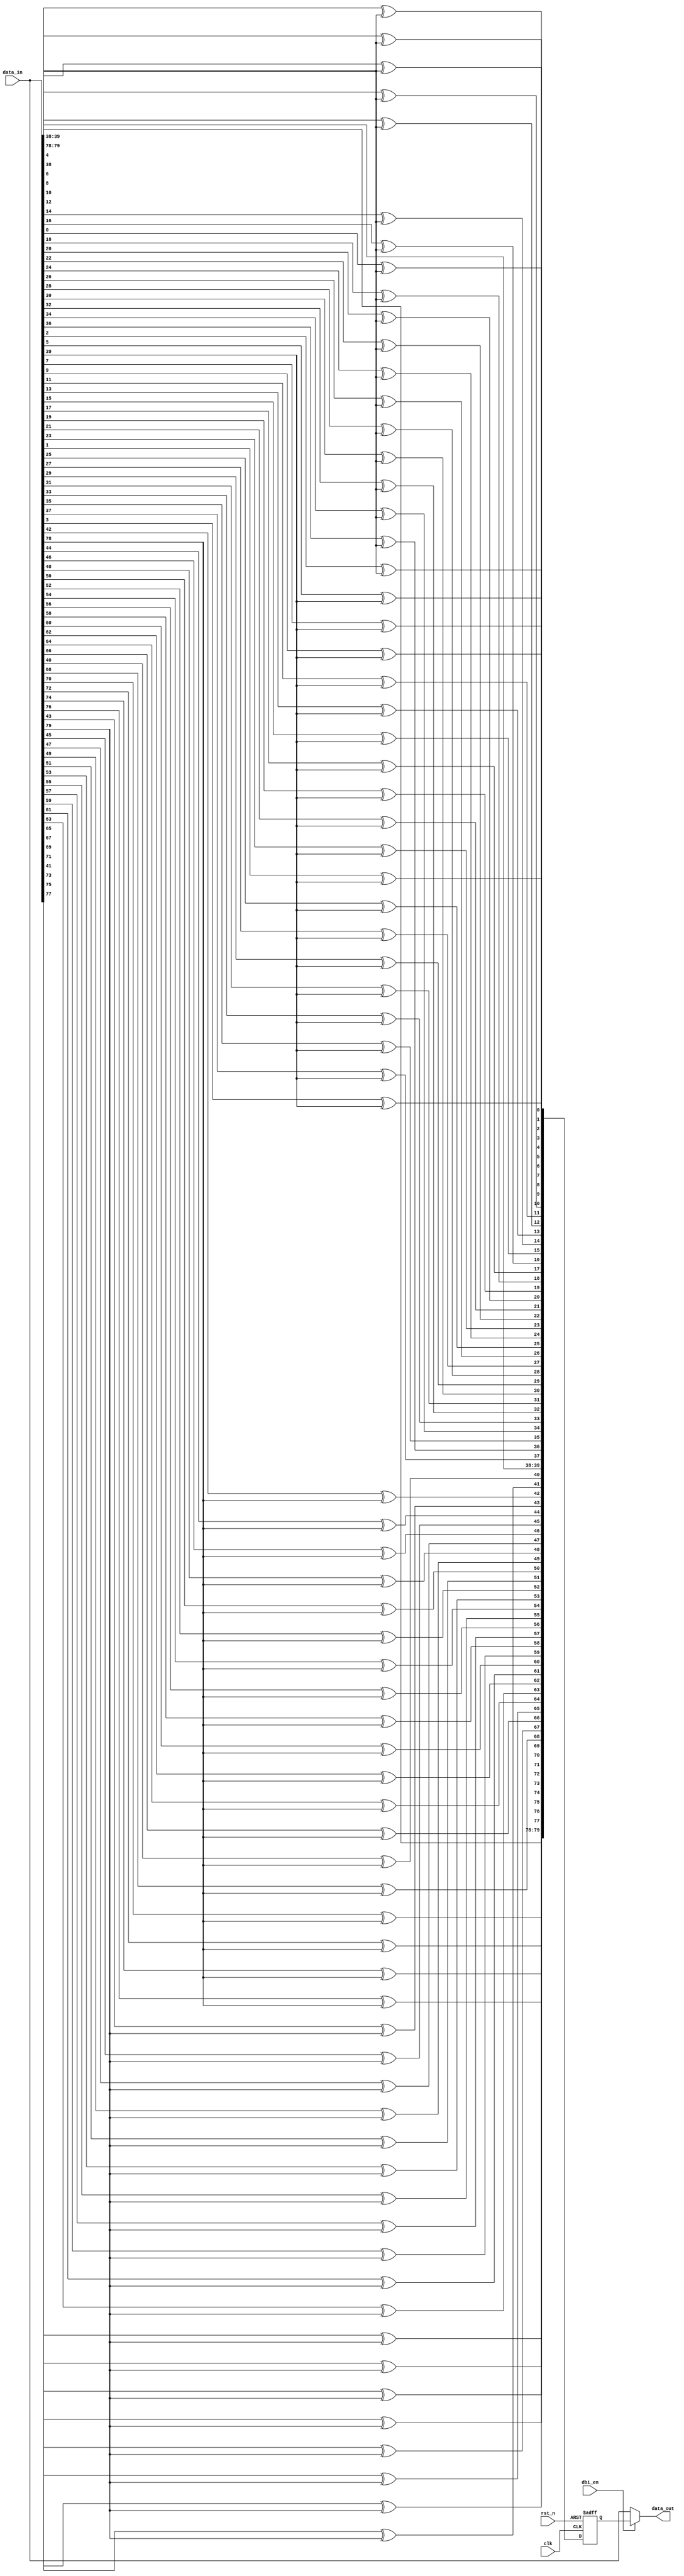
// This program was cloned from: https://github.com/chipsalliance/aib-phy-hardware
// License: Apache License 2.0

// SPDX-License-Identifier: Apache-2.0
// Copyright (C) 2022 HCL Technologies Ltd.
// Copyright (C) 2022 Blue Cheetah Analog Design, Inc.
// Copyright (C) 2021 Intel Corporation. 

module aib_rx_dbi (
   // Inputs
   input  wire        rst_n,    // Asynchronous reset
   input  wire        clk,      // Clock
   input  wire [79:0] data_in,  // Data input before DBI logic
   input  wire        dbi_en,   // Data inversion enable
   // Outputs
   output wire [79:0] data_out  // Output data after DBI logic
   );

wire [3 :0] dbi_calc;     // Bits 79, 78, 39 and 38 used on DBI calculation
wire [37:0] dbi_dat_lo;   // Low word with DB calculation - bits from 37-0
wire [37:0] dbi_dat_hi;   // High word with DB calculation - bits from 77-40
reg  [79:0] dbi_data_out; // Register data after DBI calculation

// DBI output mux selects data accoding to DBI enable
assign data_out = dbi_en? dbi_data_out : data_in;

// Data bits 79, 78, 39 and 38 used on DBI calculation
assign dbi_calc = {data_in[79], data_in[78], data_in[39], data_in[38]};

// Calculation of DBI low word and DBI high word
genvar j; // Generate index
generate
for (j=0; j<19; j=j+1)
  begin:data_out_gen
    assign dbi_dat_lo[2*j]   = data_in[2*j]     ^dbi_calc[0];
    assign dbi_dat_lo[2*j+1] = data_in[2*j+1]   ^dbi_calc[1];
    assign dbi_dat_hi[2*j]   = data_in[2*j+40]  ^dbi_calc[2];
    assign dbi_dat_hi[2*j+1] = data_in[2*j+1+40]^dbi_calc[3];
  end // block data_out_gen
endgenerate

// Output register to latch DBI calculation
always @(posedge clk or negedge rst_n)
  begin: dbi_data_out_register
    if (!rst_n)
      begin
        dbi_data_out <= 80'h0;
      end
    else
      begin
        dbi_data_out <= {dbi_calc[3:2], dbi_dat_hi, dbi_calc[1:0], dbi_dat_lo};
      end
  end // block: dbi_data_out_register

endmodule // aib_rx_dbi